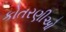
કોતરણીઓ